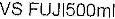
VS FUJ1500ML